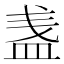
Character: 𥁫